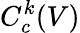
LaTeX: C_{c}^{k}(V)